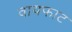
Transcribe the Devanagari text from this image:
वायफाट